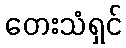
တေးသံရှင်